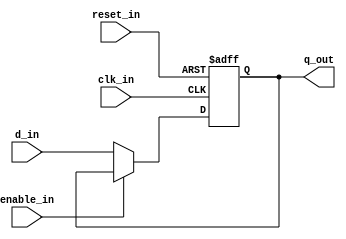
module dff(input clk_in,reset_in,enable_in,d_in,output reg q_out);

/*always@(posedge clk_in)
		begin//{
			if(reset_in==0)
					begin//{
							q_out=0;
					end//}
			else
					begin//{
							q_out=d_in;
				
			end//}

		end //}

*/

reg present_q,next_q;   // op handling registers

// ps logic

always@(posedge clk_in, negedge reset_in)
	begin//{
   			if(reset_in==0)
			begin
				present_q<=0;
			//	$display("reset block");
			end
			else 
			begin
				present_q<=next_q;
			end
	end//}
// ns logic 

always@(*)
		begin//{
			next_q=present_q;
			if(enable_in==0)
				begin
					next_q=d_in;
				end
			else
				begin
						next_q=present_q;	
				//		$display("present = %b ",present_q);
				end
		end//}

// op logic
always@(*)
		begin
			q_out=present_q;
		end



endmodule